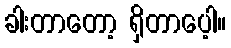
ခါးတာတော့ ရှိတာပေ့ါ။